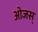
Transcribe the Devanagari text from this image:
ओजस्‌